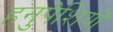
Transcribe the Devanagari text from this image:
हनुपेशियों